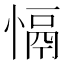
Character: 𢡍